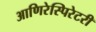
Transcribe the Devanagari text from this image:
आणिरेस्पिरेटरी